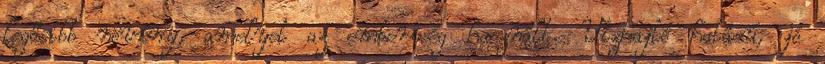
legősibb növény, amelyet az emberiség használt. Vízhajtó hatású, jó